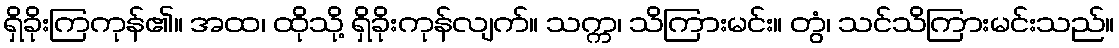
ရှိခိုးကြကုန်၏။ အထ၊ ထိုသို့ ရှိခိုးကုန်လျက်။ သက္က၊ သိကြားမင်း။ တွံ၊ သင်သိကြားမင်းသည်။